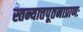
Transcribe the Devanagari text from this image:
स्तन्यात्तपूतनाप्राणः